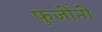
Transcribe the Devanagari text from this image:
फुजींनी